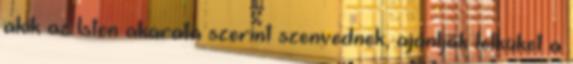
akik az Isten akarata szerint szenvednek, ajánlják lelküket a